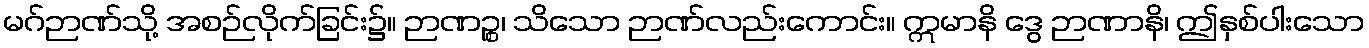
မဂ်ဉာဏ်သို့ အစဉ်လိုက်ခြင်း၌။ ဉာဏဉ္စ၊ သိသော ဉာဏ်လည်းကောင်း။ ဣမာနိ ဒွေ ဉာဏာနိ၊ ဤနှစ်ပါးသော